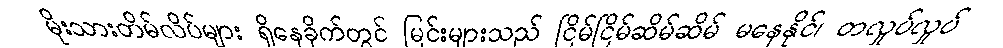
မိုးသားတိမ်လိပ်များ ရှိနေခိုက်တွင် မြင်းများသည် ငြိမ်ငြိမ်ဆိမ်ဆိမ် မနေနိုင်၊ တလှုပ်လှုပ်